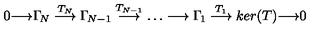
0 { \longrightarrow } \Gamma _ { \! N } \stackrel { T _ { N } } { \longrightarrow } \Gamma _ { \! N - 1 } \stackrel { T _ { N - 1 } } { \longrightarrow } \dots \longrightarrow \Gamma _ { \! 1 } \stackrel { T _ { 1 } } { \longrightarrow } k e r ( T ) { \longrightarrow } 0